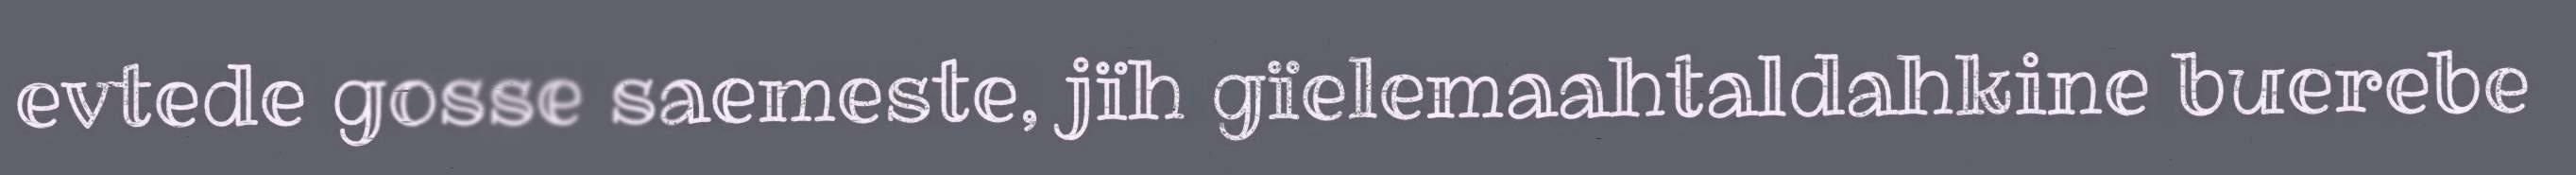
evtede gosse saemeste, jïh gïelemaahtaldahkine buerebe